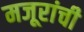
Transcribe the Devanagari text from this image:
मजूरांची